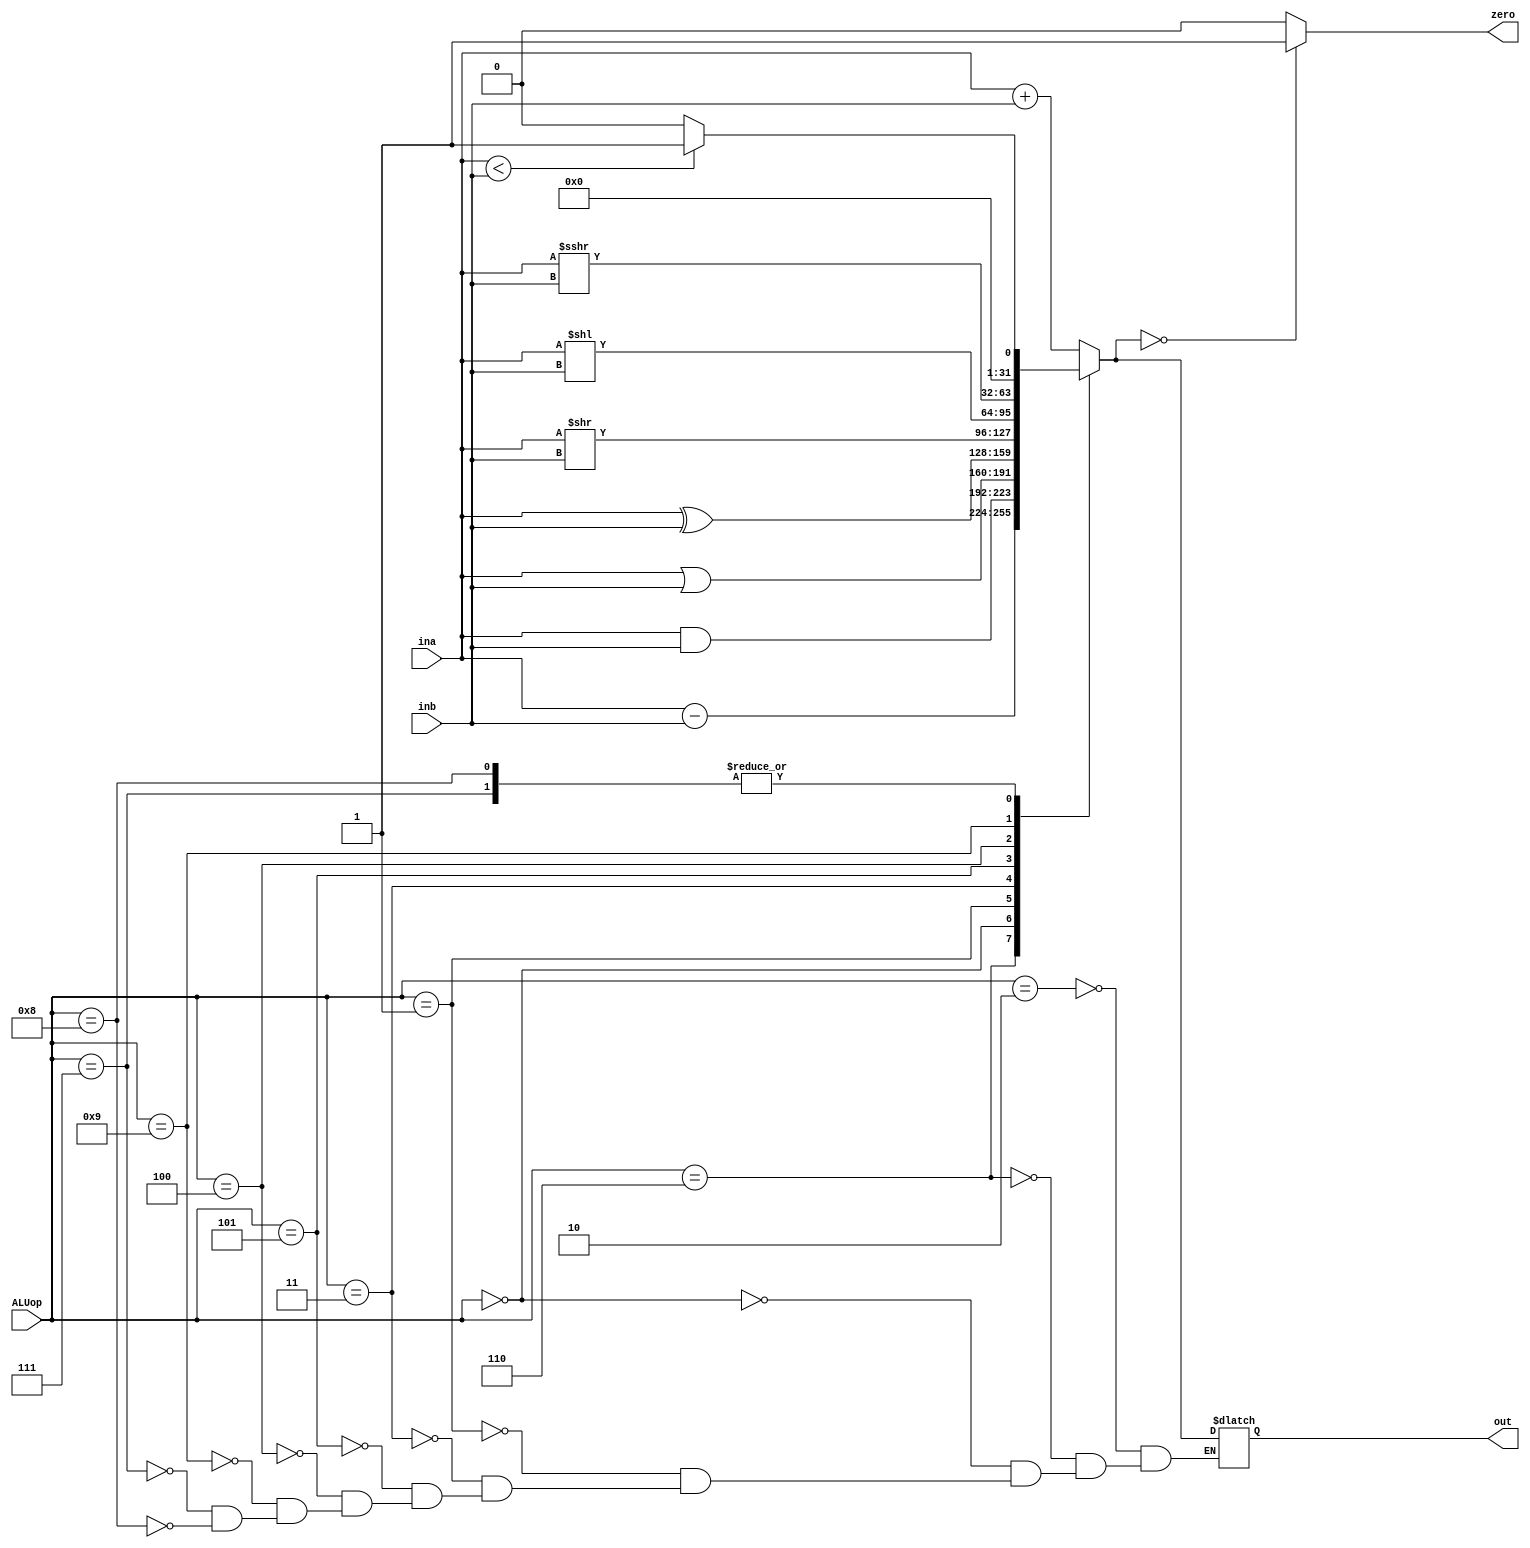
`timescale 1ns / 1ps
//////////////////////////////////////////////////////////////////////////////////
// Company: 
// Engineer: 
// 
// Design Name: 
// Module Name: ALU
// Project Name: 
// Target Devices: 
// Tool Versions: 
// Description: 
// 
// Dependencies: 
// 
// Revisio
// Revision 0.01 - File Created
// Additional Comments:
// 
//////////////////////////////////////////////////////////////////////////////////


module ALU(input [3:0] ALUop,
           input [31:0] ina,inb,
           output zero,
           output reg [31:0] out);
           
reg reg_zero;      

always @* begin
    case(ALUop)
        4'b0010:
            out = ina + inb;
        4'b0110:
            out = ina - inb;
        4'b0000:
            out = ina & inb;
        4'b0001:
            out = ina | inb;
        4'b0011:
            out = ina ^ inb;
        4'b0101:
            out = ina >> inb;
        4'b0100:
            out = ina << inb;
        4'b1001:
            out = ina >>> inb;
        4'b0111:
            out = ina < inb ? 1 : 0;
        4'b1000:
            out = ina < inb ? 1 : 0;
    endcase
    
    if (out == 0) reg_zero = 1;
    else reg_zero = 0;
end
    
    assign zero = reg_zero;
endmodule